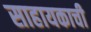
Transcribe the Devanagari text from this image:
साहायकाची